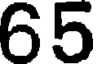
65